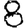
Digit: 8